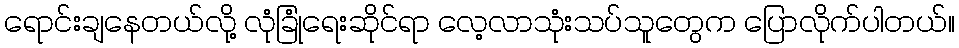
ရောင်းချနေတယ်လို့ လုံခြုံရေးဆိုင်ရာ လေ့လာသုံးသပ်သူတွေက ပြောလိုက်ပါတယ်။